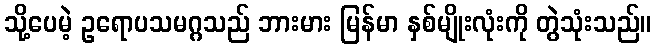
သို့ပေမဲ့ ဥရောပသမဂ္ဂသည် ဘားမား မြန်မာ နှစ်မျိုးလုံးကို တွဲသုံးသည်။